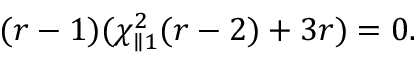
( r - 1 ) ( \chi _ { \parallel 1 } ^ { 2 } ( r - 2 ) + 3 r ) = 0 .